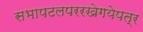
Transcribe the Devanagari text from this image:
सभापटलपररखेगयेपत्र